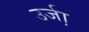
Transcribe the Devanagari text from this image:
उर्जा़